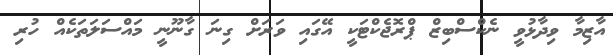
އާޒިމާ ވިދާޅުވީ ނެކްސްބިޒް ޕްރޮޖެކްޓަކީ އޭގައި ވަރަށް ގިނަ ގާނޫނީ މައްސަލަތަކެއް ހުރި